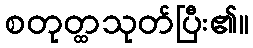
စတုတ္ထသုတ်ပြီး၏။